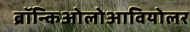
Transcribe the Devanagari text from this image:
ब्रॉन्किओलोआवियोलर